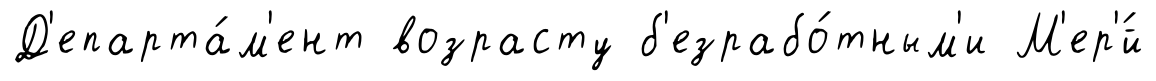
Д'епарта́м'ент возрасту б'езрабо́тным'и М'ер'́й